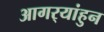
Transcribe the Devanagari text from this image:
आगर्‍यांहुन